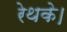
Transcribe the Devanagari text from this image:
रेथके।